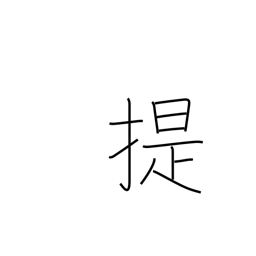
Meaning: take along